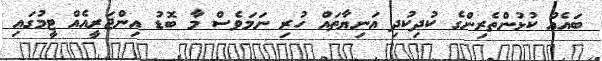
ބައެއް ކުޅުންތެރިންގެ ކުދިކުދި އަނިޔާތައް ހުރި ނަމަވެސް މާ ބޮޑު އިންޖަރީއެއް ޓީމުގައި